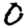
Digit: 0